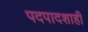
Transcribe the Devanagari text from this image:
पदपादशाही